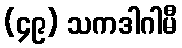
(၄၉) သကဒါဂါမီ